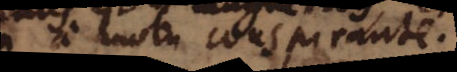
a motu conspirante.